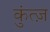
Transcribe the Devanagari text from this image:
कुंत्ज़